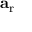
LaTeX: \mathbf { a } _ { \mathrm { r } }